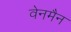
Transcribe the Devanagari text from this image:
वेनमैन